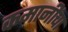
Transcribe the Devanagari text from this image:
कमानींचा